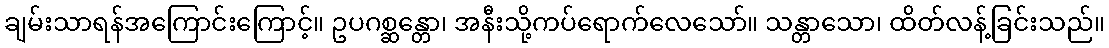
ချမ်းသာရန်အကြောင်းကြောင့်။ ဥပဂစ္ဆန္တော၊ အနီးသို့ကပ်ရောက်လေသော်။ သန္တာသော၊ ထိတ်လန့်ခြင်းသည်။